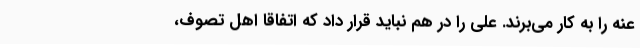
عنه را به کار می‌برند. علی را در هم نباید قرار داد که اتفاقا اهل تصوف،